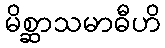
မိစ္ဆာသမာဓီဟိ